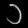
Digit: ၁